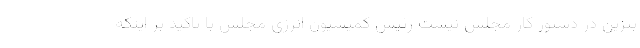
بنزین در دستور کار مجلس نیست رئیس کمیسیون انرژی مجلس با تاکید بر اینکه